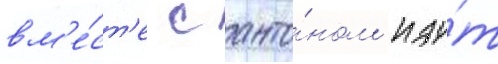
вм'е́ст'е с анто́ном иду́т